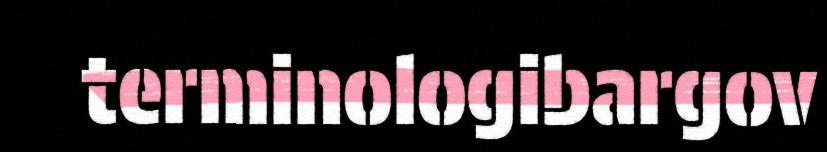
terminologibargov